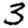
Digit: 3